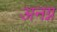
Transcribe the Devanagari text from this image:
अनग्न